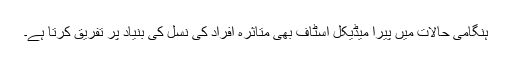
ہنگامی حالات میں پیرا میڈیکل اسٹاف بھی متاثرہ افراد کی نسل کی بنیاد پر تفریق کرتا ہے۔